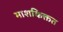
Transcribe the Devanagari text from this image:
माशकिक्तत